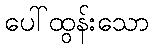
ပေါ်ထွန်းသော